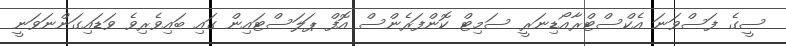
ސީގެ ފަސްވަނަ އެކްސްޓްރާއޯޑިނަރީ ސަމިޓް ކޮންފަރެންސް އޮފް ޕަލަސްޓައިން ގައި ބައިވެރިވެ ވަޑައިގަންނަވަނީ